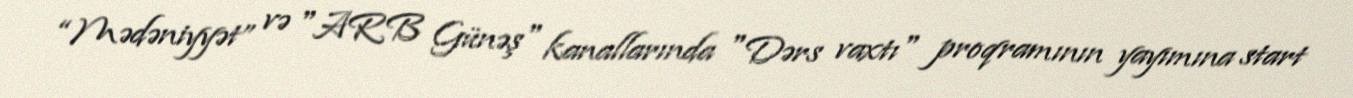
“Mədəniyyət” və "ARB Günəş" kanallarında "Dərs vaxtı" proqramının yayımına start